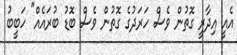
އެއީ އިދާރީ ގޮތުން ވެސް ހަރަދުގެ ގޮތުން ވެސް ބޮޑު ބުރައެއް" ހަބީބު